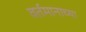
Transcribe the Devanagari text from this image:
वर्तमानाच्या